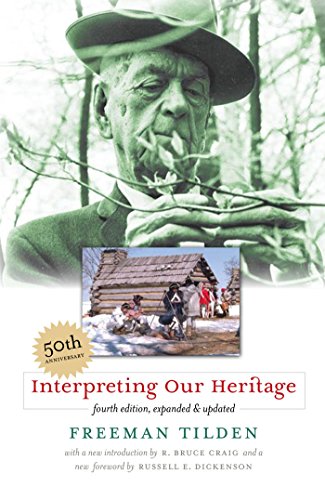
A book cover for Interpreting Our Heritage; Freeman Tilden; Arts & Photography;